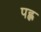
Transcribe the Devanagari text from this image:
पह्ल